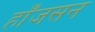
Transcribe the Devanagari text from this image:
हाँजसन